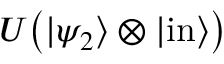
U { \big ( } | \psi _ { 2 } \rangle \otimes | { \mathrm { i n } } \rangle { \big ) }